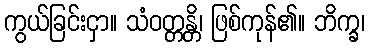
ကွယ်ခြင်းငှာ။ သံဝတ္တန္တိ၊ ဖြစ်ကုန်၏။ ဘိက္ခ၊